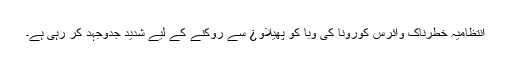
انتظامیہ خطرناک وائرس کورونا کی وبا کو پھیلاو¿ سے روکنے کے لیے شدید جدوجہد کر رہی ہے۔